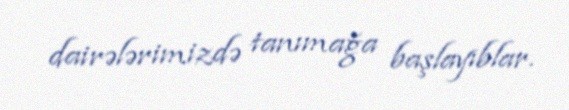
dairələrimizdə tanımağa başlayıblar.